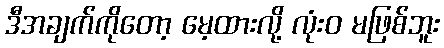
ဒီအချက်ကိုတော့ မေ့ထားလို့ လုံးဝ မဖြစ်ဘူး